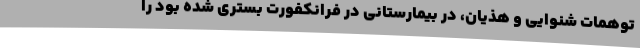
توهمات شنوایی و هذیان، در بیمارستانی در فرانکفورت بستری شده بود را